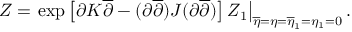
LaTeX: Z = \left. \exp \left[ \partial K \overline { { { \partial } } } - ( \partial \overline { { { \partial } } } ) J ( \partial \overline { { { \partial } } } ) \right] Z _ { 1 } \right| _ { \overline { { { \eta } } } = \eta = \overline { { { \eta } } } _ { 1 } = \eta _ { 1 } = 0 } .